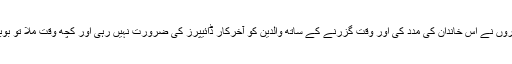
ان بچوں کے ابتدائی برسوں میں رضاکاروں نے اس خاندان کی مدد کی اور وقت گزرنے کے ساتھ والدین کو آخرکار ڈائیپرز کی ضرورت نہیں رہی اور کچھ وقت ملا تو بوبی نے پارٹ ٹائم ملازمت شروع کردی۔